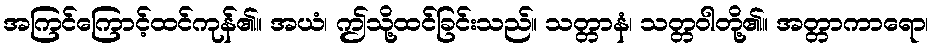
အကြင်ကြောင့်ထင်ကုန်၏။ အယံ၊ ဤသို့ထင်ခြင်းသည်။ သတ္တာနံ၊ သတ္တဝါတို့၏။ အတ္တာကာရော၊